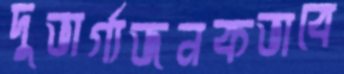
দুভার্গ্যজনকভাবে